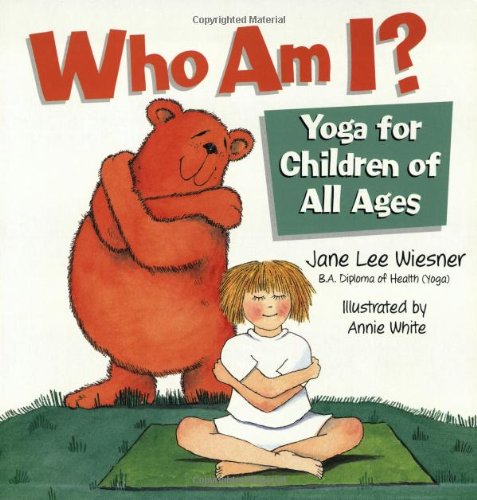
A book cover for Who Am I?: Yoga for Children of All Ages; Jane Lee Wiesner; Teen & Young Adult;